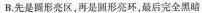
B.先是圆形亮区，再是圆形亮环，最后完全黑暗